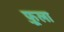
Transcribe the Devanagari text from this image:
फ़ूला